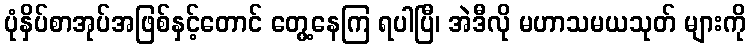
ပုံနှိပ်စာအုပ်အဖြစ်နှင့်တောင် တွေ့နေကြ ရပါပြီ၊ အဲဒီလို မဟာသမယသုတ် များကို